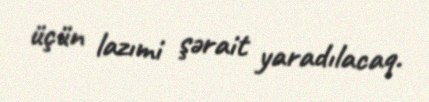
üçün lazımi şərait yaradılacaq.